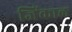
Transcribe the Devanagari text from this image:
जिंकाल